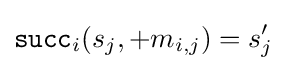
{\mathtt {succ}}_{i}(s_{j},+m_{i,j})=s'_{j}